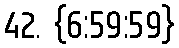
42. {6:59:59}